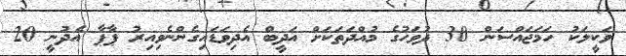
ވަކީލަކު ހަމަޖައްސަން 30 ދުވަހުގެ މުއްދަތަކަށް އަދީބް އެދިވަޑައިގެންނެވިއިރު ޕާޕާ އެދުނީ 20